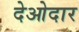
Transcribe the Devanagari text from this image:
देओदार